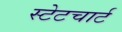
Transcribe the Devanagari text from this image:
स्टेटचार्ट